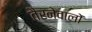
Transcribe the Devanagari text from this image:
तैरनेवालों